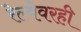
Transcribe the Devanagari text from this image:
रेल्वेवरही